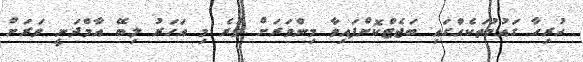
ހުރިހާ ގައުމުތަކެއްގައި ބަޖެޓްކޮށްފައިވާ މިންވަރަށް ވުރެ މި އަހަރު ލިބޭ އާމްދަނީ ވަރަށް